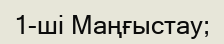
1-ші Маңғыстау;